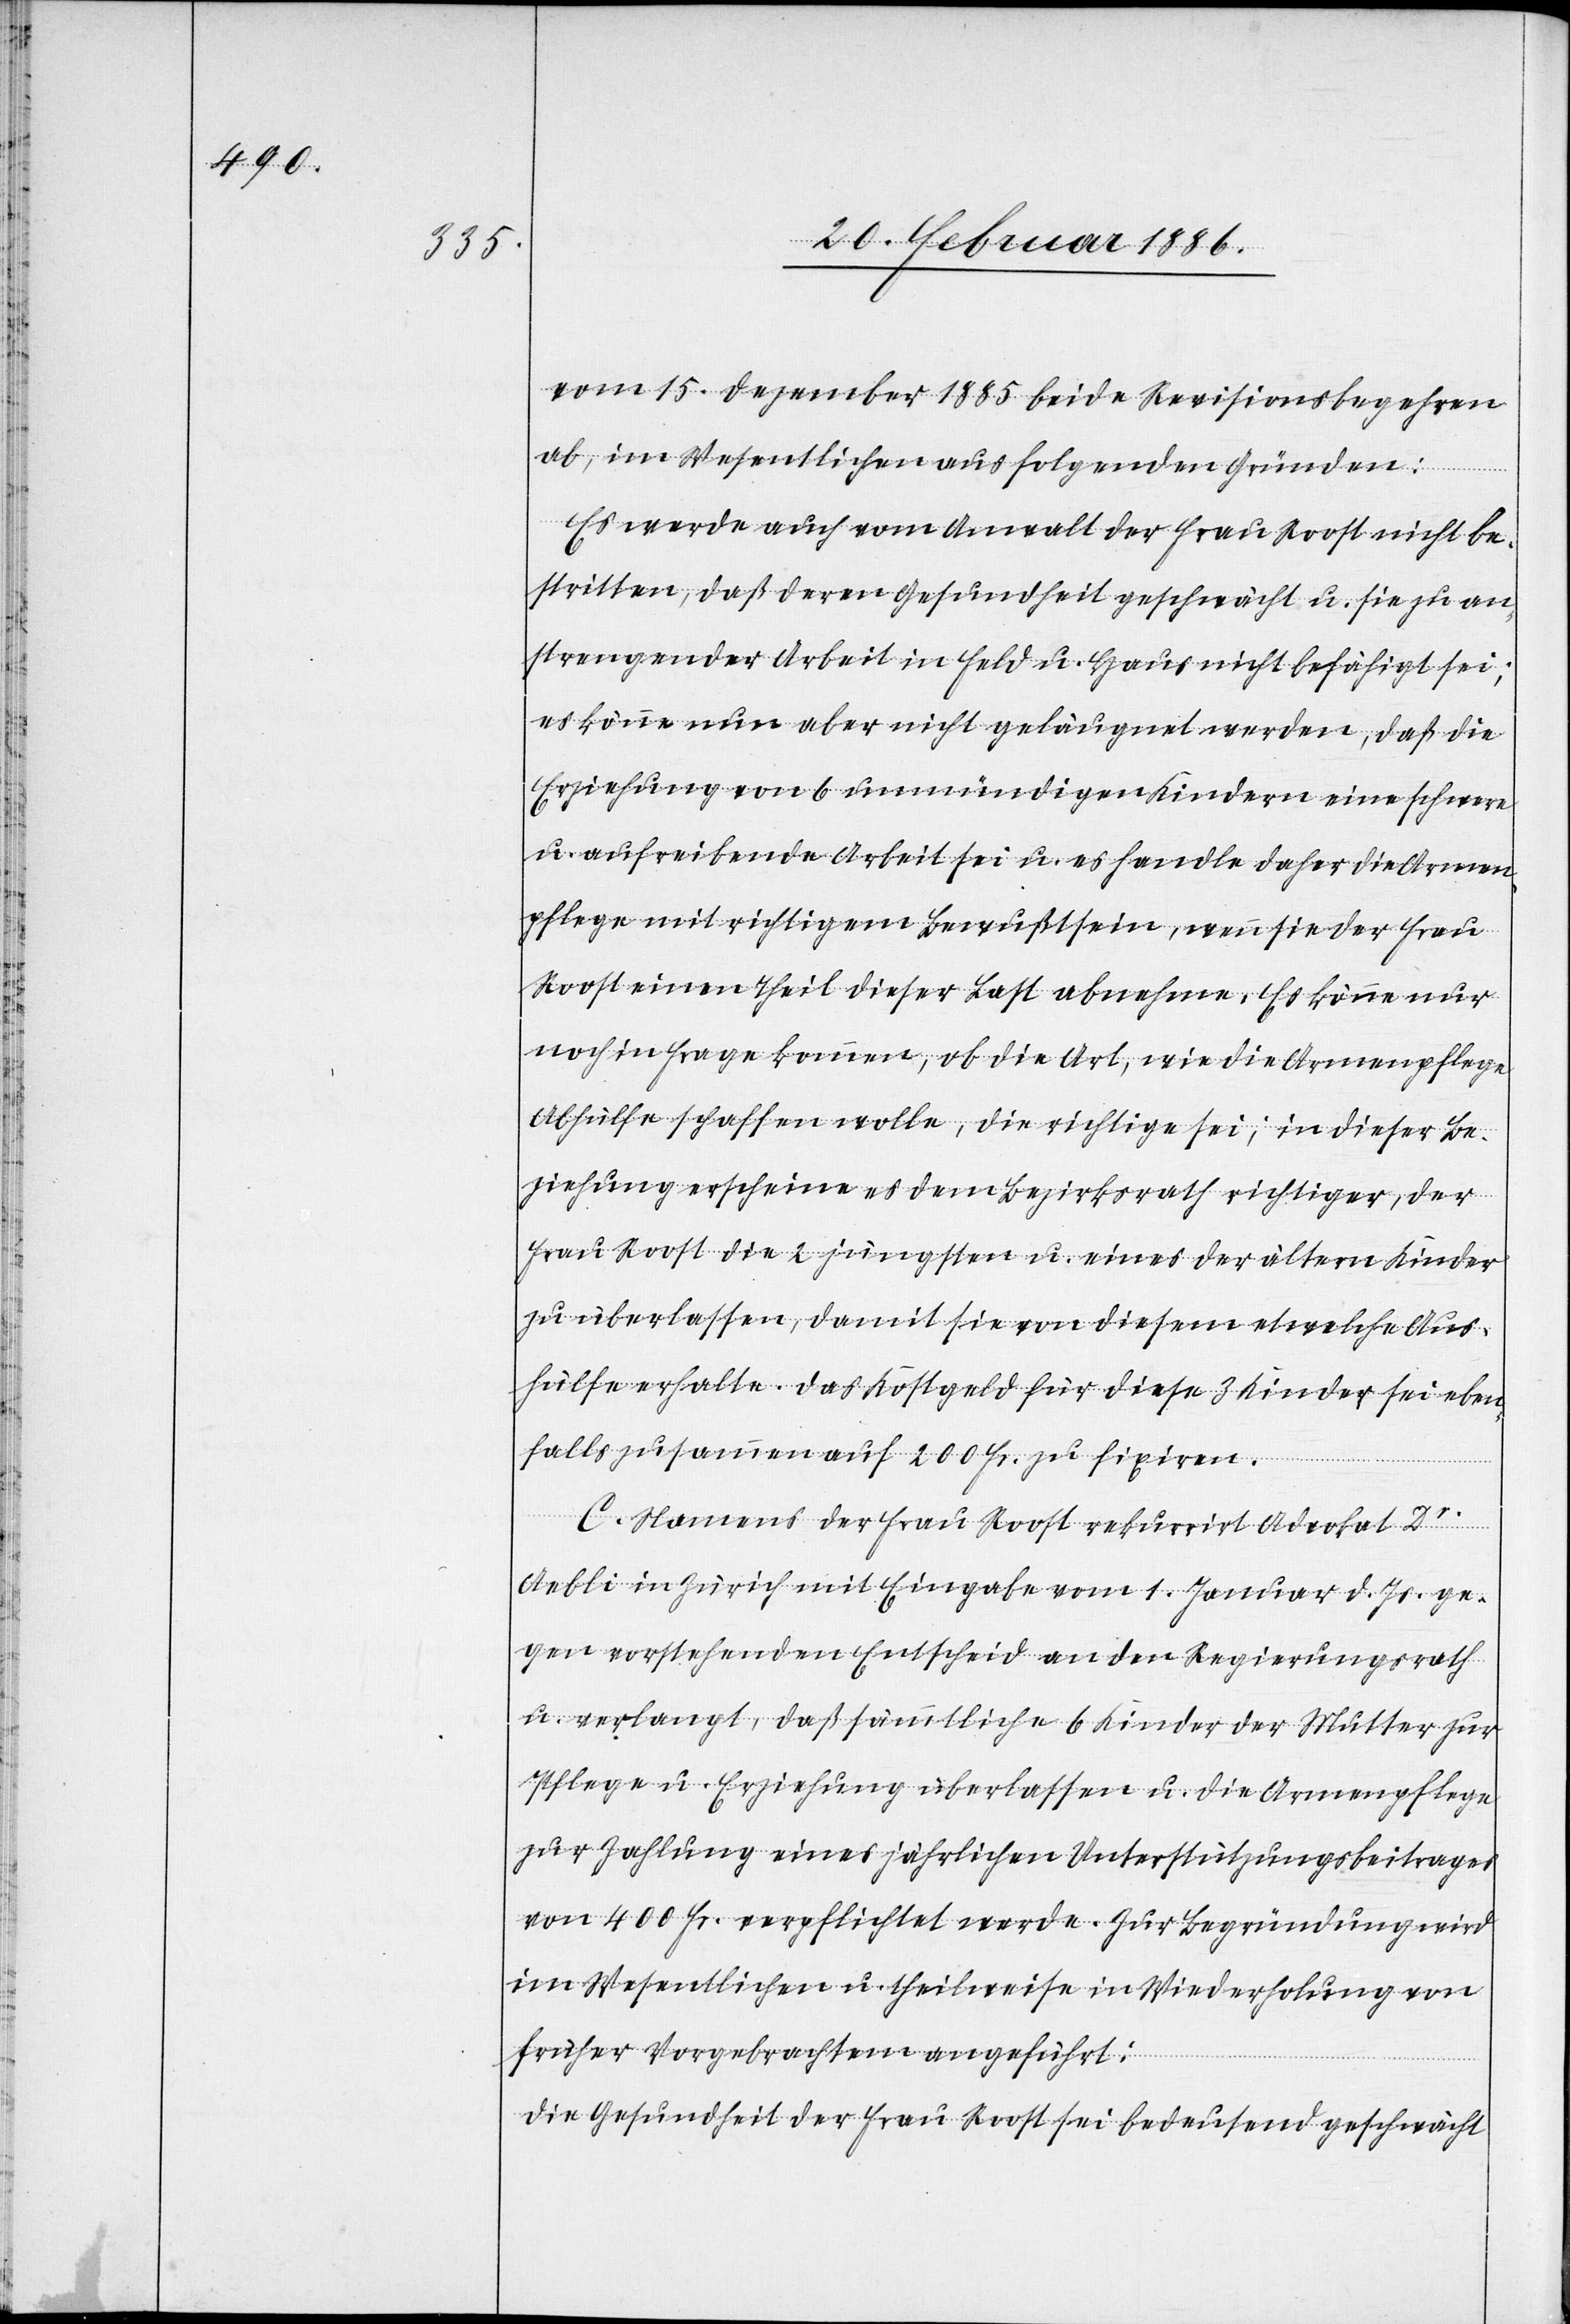
vom 15. Dezember 1885 beide Revisionsbegehren
ab, im Wesentlichen aus folgenden Gründen:
Es werde auch vom Anwalt der Frau Roost nicht be¬
stritten, daß deren Gesundheit geschwächt u. sie zu an¬
strengender Arbeit in Feld u. Haus nicht befähigt sei;
es könne nun aber nicht geleugnet werden, daß die
Erziehung von 6 unmündigen Kindern eine schwere
u. aufreibende Arbeit sei u. es handle daher die Armen¬
pflege mit richtigem Bewußtsein, wenn sie der Frau
Roost einen Theil dieser Last abnehme. Es könne nur
noch in Frage kommen, ob die Art, wie die Armenpflege
Abhülfe schaffen wolle, die richtige sei; in dieser Be¬
ziehung erscheine es dem Bezirksrath richtiger, der
Frau Roost die 2 jüngsten u. eines der ältern Kinder
zu überlassen, damit sie von diesem etwelche Aus¬
hülfe erhalte. Das Kostengeld für diese 3 Kinder sei eben¬
falls zusammen auf 200 Fr. zu fixiren.
C. Namens der Frau Roost rekurrirt Advokat Dr.
Aebli in Zürich mit Eingabe vom 1. Januar d. Js. ge¬
gen vorstehenden Entscheid an den Regierungsrath
u. verlangt, daß sämmtliche 6 Kinder der Mutter zur
Pflege u. Erziehung überlassen u. die Armenpflege
zur Zahlung eines jährlichen Unterstützungsbeitrages
von 400 Fr. verpflichtet werde. Zur Begründung wird
im Wesentlichen u. theilweise in Wiederholung von
früher Vorgebrachten angeführt:
Die Gesundheit der Frau Roost sei bedeutend geschwächt